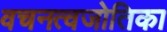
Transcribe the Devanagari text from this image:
वचनत्वजोतिका